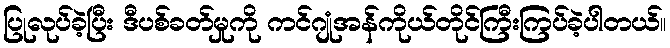
ပြုလုပ်ခဲ့ပြီး ဒီပစ်ခတ်မှုကို ကင်ဂျုံအန်ကိုယ်တိုင်ကြီးကြပ်ခဲ့ပါတယ်။